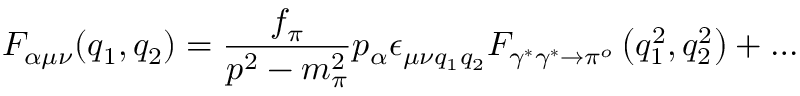
{ \cal { F } } _ { \alpha \mu \nu } ( q _ { 1 } , q _ { 2 } ) = \frac { f _ { \pi } } { p ^ { 2 } - m _ { \pi } ^ { 2 } } p _ { \alpha } { \epsilon } _ { { \mu } { \nu } { q _ { 1 } } { q _ { 2 } } } F _ { \gamma ^ { * } \gamma ^ { * } \to \pi ^ { o } } \left( q _ { 1 } ^ { 2 } , q _ { 2 } ^ { 2 } \right) + \ldots